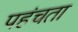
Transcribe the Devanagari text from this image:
पहंचता